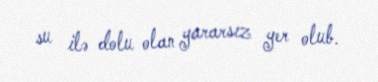
su ilə dolu olan yararsız yer olub.